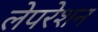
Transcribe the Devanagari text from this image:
लेपरेशन